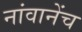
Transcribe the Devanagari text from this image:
नांवानेंच